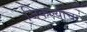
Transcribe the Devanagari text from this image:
जिंकल्याचा